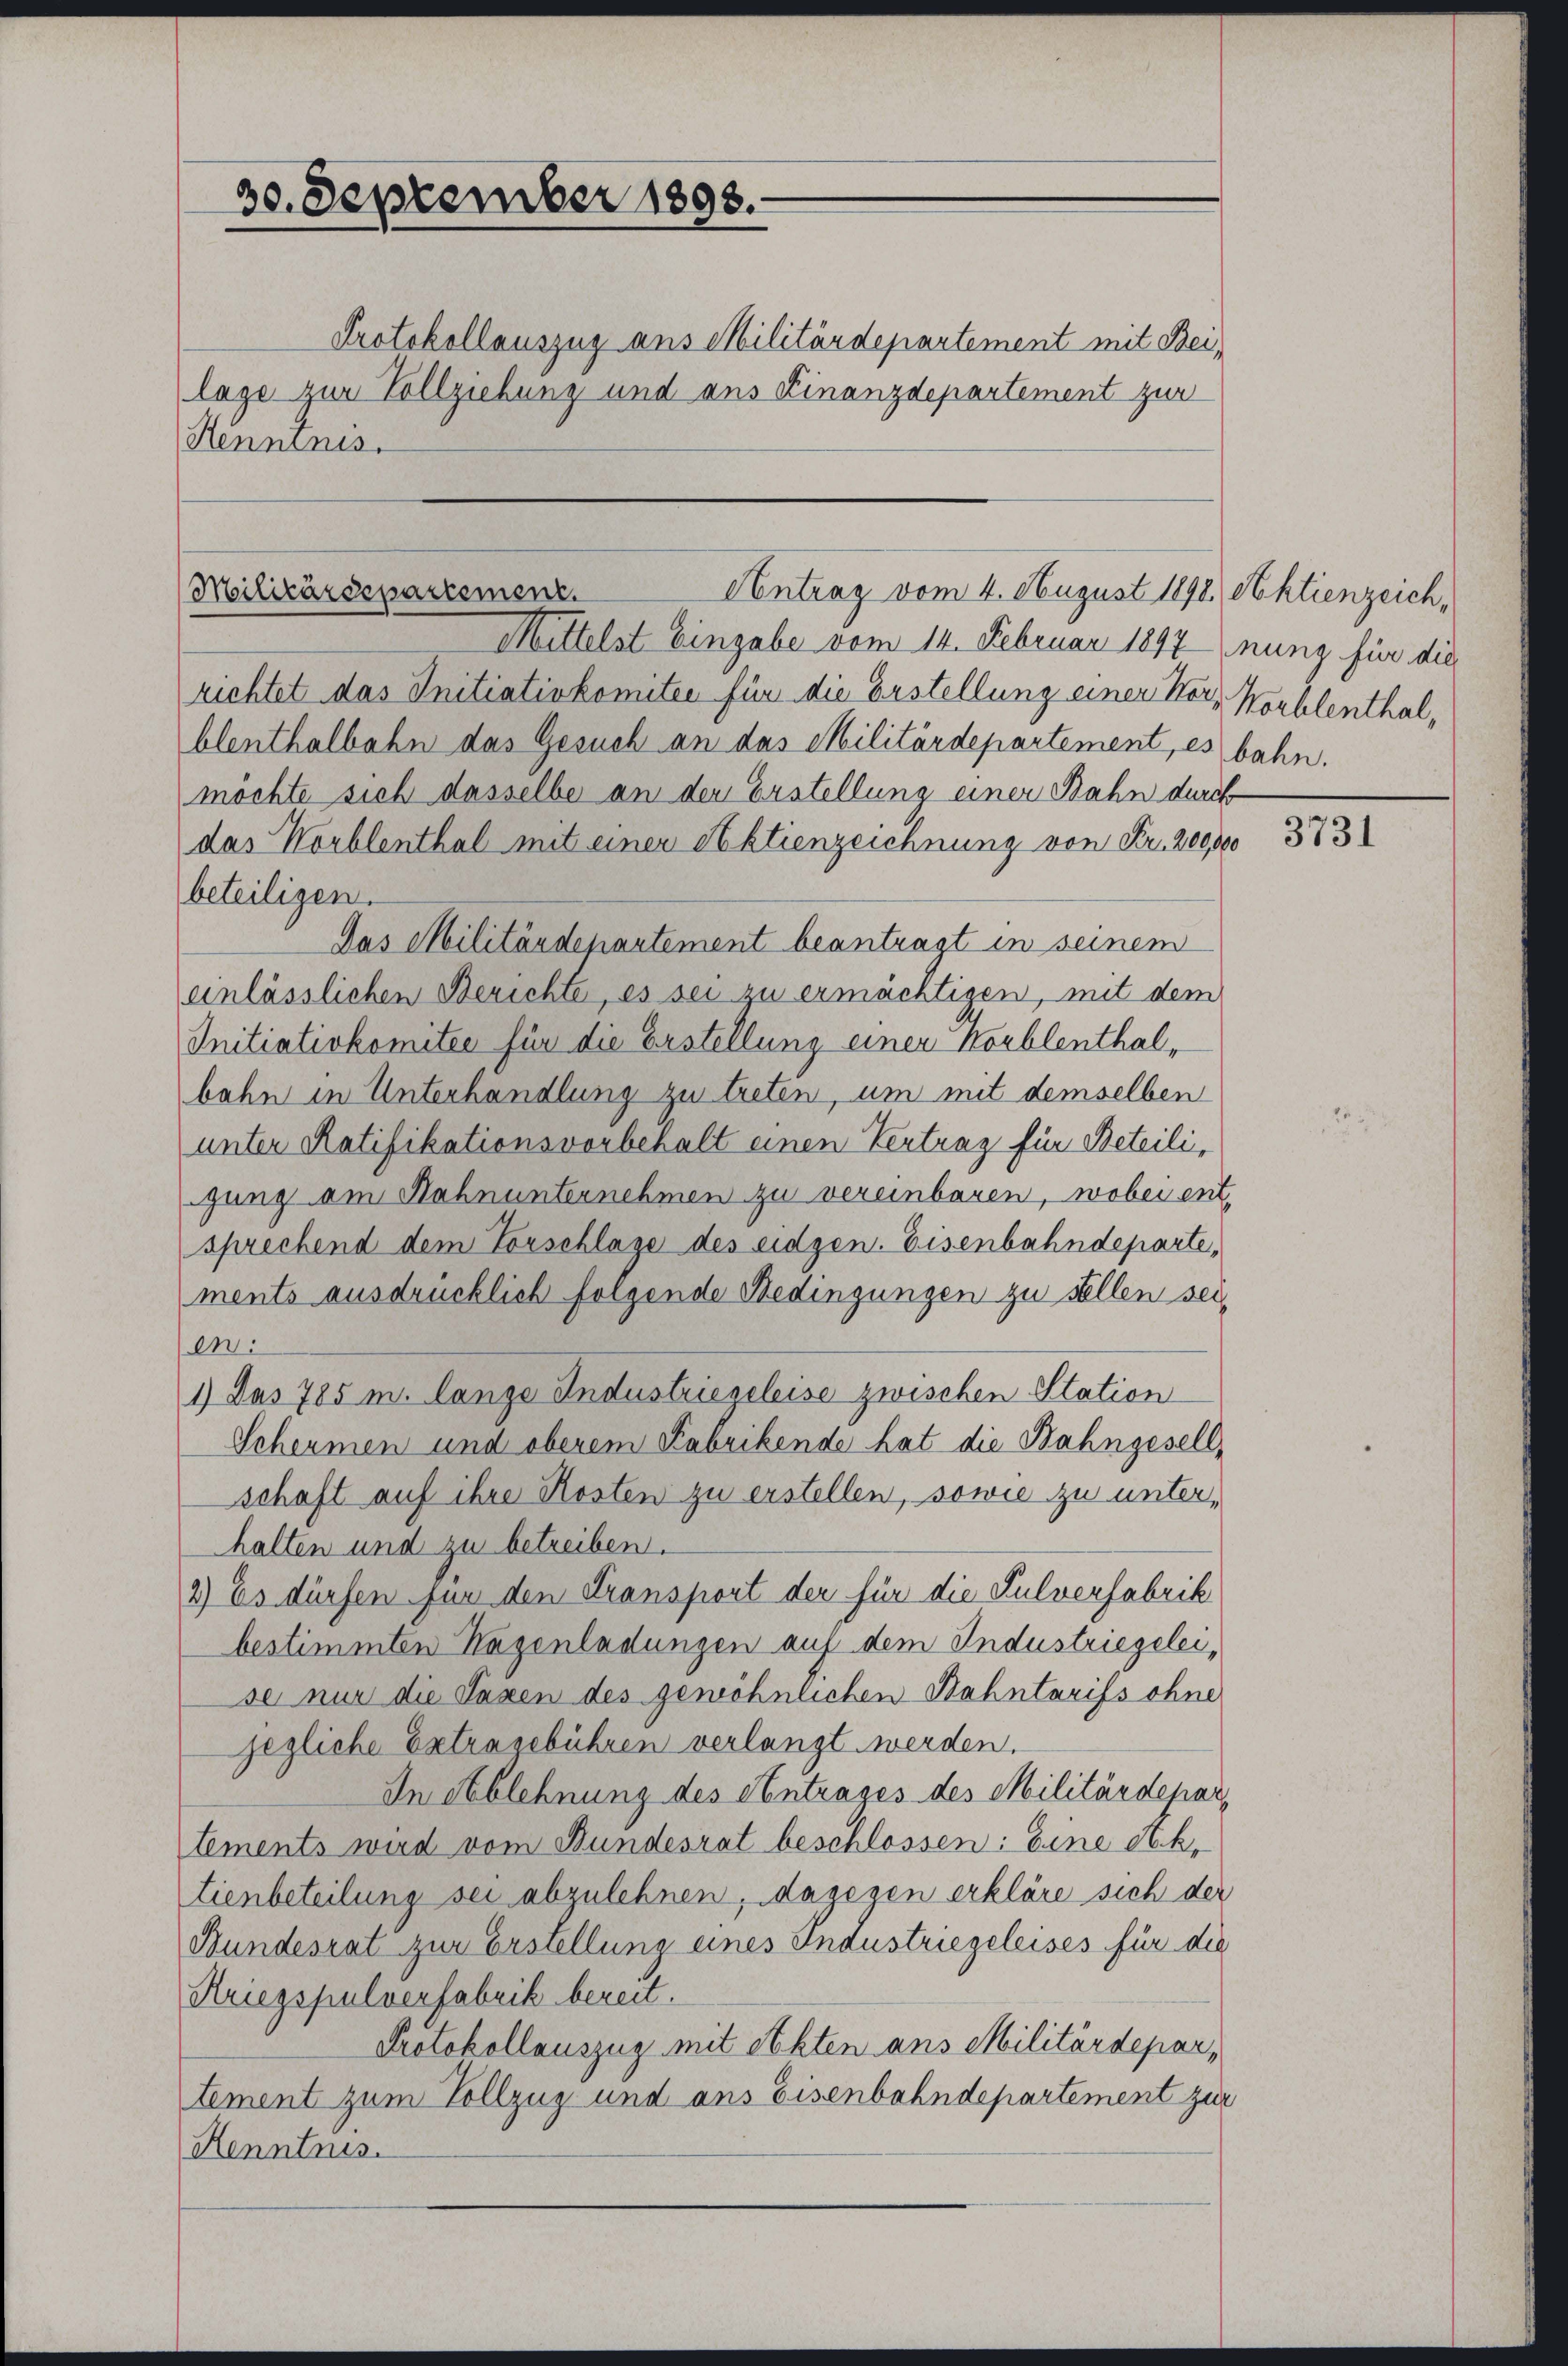
30. September 1898.

Protokollauszug aus Militärdepartement mit Beilage zur Vollziehung und aus Finanzdepartement zur
Henntnis.

Contrag vom 4. August 1898 Aktienzeich,
Militärdepartement.
Mittelst Eingabe vom 14. Februar 1897 nunz für die

richtet das Initiativkomitee für die Erstellung einer Herr Wohlenthalblenthalbahn das Gesuch an das Militärdepartement, es bahn.
möchte sich dasselbe an den Erstellung einer Bahn durch
das Worblenthal mit einer Aktienzeichnung von Fr. 200,000
beteiligen.
Das Militärdepartement beantragt in seinem
einlässlichen Berichte, es sei zu ermächtigen, mit dem
Initiativkomitee für die Erstellung einer Korblenthalbahn in Unterhandlung zu treten, um mit demselben
unter Ratifikationsvorbehalt einen Vertrag für Beteiligung am Nahnunternehmen zu vereinbaren, wobei ent-
sprechend dem Forschlage des eidgen. Eisenbahndeparte,
ments ausdrücklich folgende Bedingungen zu stellen sei,
en:
1) Das 785 m. lange Industriegeleise zwischen Station
Scheinen und oberem Fabrikende hat die Bahngesell-
schaft auf ihre Kosten zu erstellen, sowie zu unterhalten und zu betreiben.
2) Es dürfen für den Transport der für die Pulverfabrik
bestimmten Hagenladungen auf dem Industriegeleise nur die Taxen des gewöhnlichen Bahntarifs ohne
jezliche Ertragebühren verlangt werden.
In Ablehnung des entrages des Militärdepar
tements wird vom Bundesrat beschlossen: Eine Ah.
tienbeteilung sei abzulehnen, dagegen erkläre sich der
Bundesrat zur Erstellung eines Industriegeleises für die
Kriegspulverfabrik bereit.
Protokollauszug mit Akten ans Militärdepar,
tement zum Vollzug und aus Eisenbahndepartement zur
Henntnis.

3731